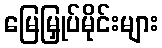
မြေမြှုပ်မိုင်းများ